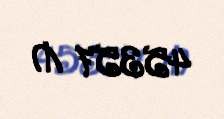
45357 ₼